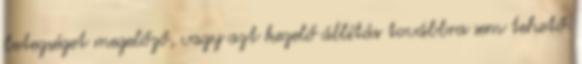
betegséget megelőző, vagy azt kezelő állítás továbbra sem tehető.